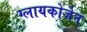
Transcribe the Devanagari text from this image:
ग्लायकोजेन